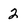
Character: 2